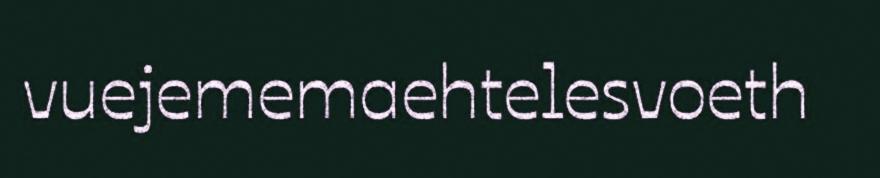
vuejememaehtelesvoeth